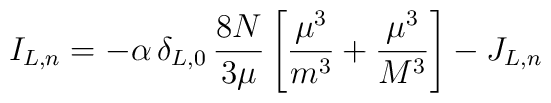
I_{L,n}=-\alpha\,\delta_{L,0}\,\frac {8N}{3\mu}\left[\frac {\mu^3}{m^3}+\frac {\mu^3}{M^3}\right]-J_{L,n}